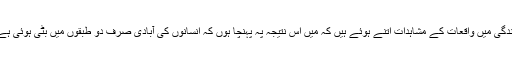
زندگی میں واقعات کے مشاہدات اتنے ہوئے ہیں کہ میں اس نتیجہ پہ پہنچا ہوں کہ انسانوں کی آبادی صرف دو طبقوں میں بٹی ہوئی ہے ۔